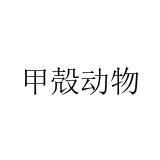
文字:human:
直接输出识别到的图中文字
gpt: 甲殻动物